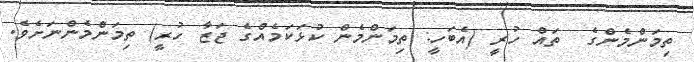
ތިމަންމެންގެ  ތައް ހުރީ (އެބަހީ: ތިމަންމެން ކުޅަކަމެއްގެ ޖަޒާ ހުރީ) ތިމަންމެންނަށެވެ.